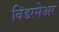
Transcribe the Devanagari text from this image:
विंडरमेअर